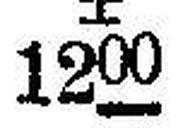
± 1200